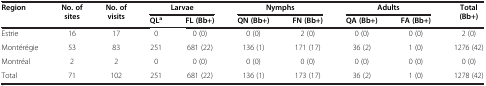
<table><thead><tr><td rowspan="2"><b>Region</b></td><td rowspan="2"><b>No. of sites</b></td><td rowspan="2"><b>No. of visits</b></td><td colspan="2"><b>Larvae</b></td><td colspan="2"><b>Nymphs</b></td><td colspan="2"><b>Adults</b></td><td rowspan="2"><b>Total (Bb+)</b></td></tr><tr><td><b>QL<sup>a</sup></b></td><td><b>FL (Bb+)</b></td><td><b>QN (Bb+)</b></td><td><b>FN (Bb+)</b></td><td><b>QA (Bb+)</b></td><td><b>FA (Bb+)</b></td></tr></thead><tbody><tr><td>Estrie</td><td>16</td><td>17</td><td>0</td><td>0 (0)</td><td>0 (0)</td><td>2 (0)</td><td>0 (0)</td><td>0 (0)</td><td>2 (0)</td></tr><tr><td>Montérégie</td><td>53</td><td>83</td><td>251</td><td>681 (22)</td><td>136 (1)</td><td>171 (17)</td><td>36 (2)</td><td>1 (0)</td><td>1276 (42)</td></tr><tr><td>Montréal</td><td>2</td><td>2</td><td>0</td><td>0 (0)</td><td>0 (0)</td><td>0 (0)</td><td>0 (0)</td><td>0 (0)</td><td>0 (0)</td></tr><tr><td>Total</td><td>71</td><td>102</td><td>251</td><td>681 (22)</td><td>136 (1)</td><td>173 (17)</td><td>36 (2)</td><td>1 (0)</td><td>1278 (42)</td></tr></tbody></table>